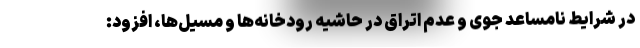
در شرایط نامساعد جوی و عدم اتراق در حاشیه رودخانه‌ها و مسیل‌ها، افزود: